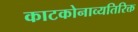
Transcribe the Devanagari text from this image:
काटकोनाव्यतिरिक्त